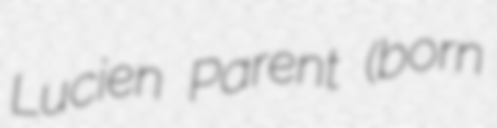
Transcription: Lucien Parent (born